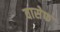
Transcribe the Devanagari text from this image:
वासेफ